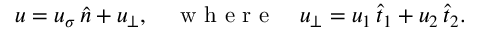
\begin{array} { r } { u = u _ { \sigma } \, \widehat { n } + u _ { \bot } , \quad \mathrm { ~ w ~ h ~ e ~ r ~ e ~ } \quad u _ { \bot } = u _ { 1 } \, \widehat { t } _ { 1 } + u _ { 2 } \, \widehat { t } _ { 2 } . } \end{array}